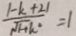
\frac { \vert - k + 2 \vert } { \sqrt { 1 + k ^ { 2 } } } = 1